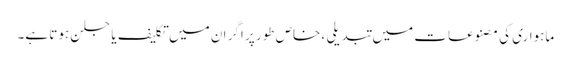
ماہواری کی مصنوعات میں تبدیلی ، خاص طور پر اگر ان میں تکلیف یا جلن ہوتا ہے۔